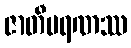
ဇာတီမရဏဿ